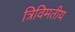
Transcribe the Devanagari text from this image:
त्रिविमतीय